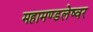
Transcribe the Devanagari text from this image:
महामण्डलेष्वर